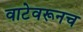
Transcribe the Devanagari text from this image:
वाटेवरूनच